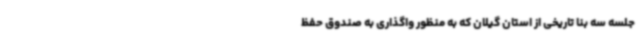
جلسه سه بنا تاریخی از استان گیلان که به منظور واگذاری به صندوق حفظ